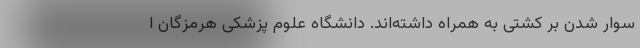
سوار شدن بر کشتی به همراه داشته‌اند. دانشگاه علوم پزشکی هرمزگان ا